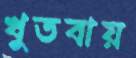
খুতবায়